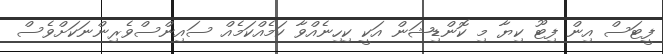
ފީޓަސް އިން ފިޓޫ ކިޔާ މި ކޮންޑިޝަން އަކީ ކިހިނެއްވާ ކަމެއްކަމެއް ސައިންސްވެރިންނަކަށްވެސް